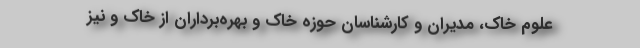
علوم خاک، مدیران و کارشناسان حوزه خاک و بهره‌برداران از خاک و نیز